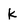
Character: k